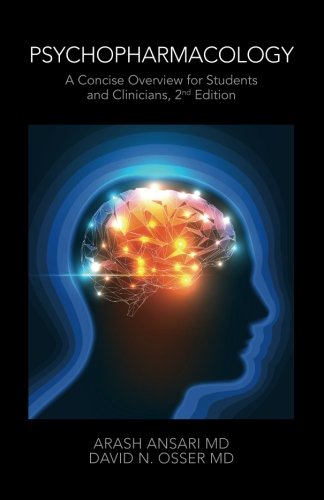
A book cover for Psychopharmacology: A Concise Overview for Students and Clinicians, 2nd Edition; Arash Ansari MD; Medical Books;